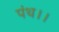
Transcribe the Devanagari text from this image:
पंथ।।